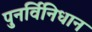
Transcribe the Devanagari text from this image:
पुनर्विनिधान